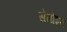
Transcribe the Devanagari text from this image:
सेगोइरा